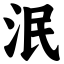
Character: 泯